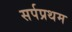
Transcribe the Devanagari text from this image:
सर्पप्रथम